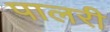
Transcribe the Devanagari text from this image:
पालरी